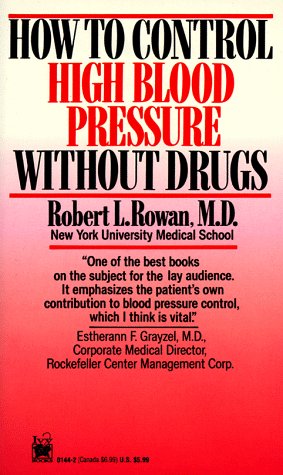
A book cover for How to Control High Blood Pressure Without Drugs; Robert L. Rowan; Health, Fitness & Dieting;